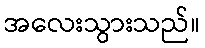
အလေးသွားသည်။